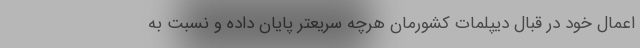
اعمال خود در قبال دیپلمات کشورمان هرچه سریعتر پایان داده و نسبت به